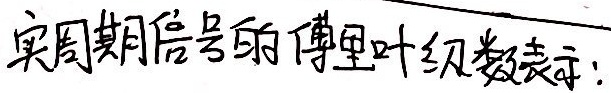
实周期信号的傅里叶级数表示: